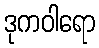
ဒုကဝါရော